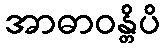
အာဓာဝန္တိပိ